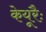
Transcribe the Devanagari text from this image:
केयूरैः